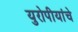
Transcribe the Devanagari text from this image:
युरोपीयांचे